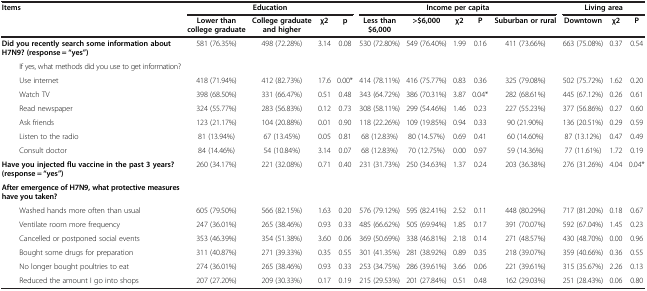
<table><thead><tr><td rowspan="2"><b>Items</b></td><td colspan="4"><b>Education</b></td><td colspan="5"><b>Income per capita</b></td><td colspan="3"><b>Living area</b></td></tr><tr><td><b>Lower than college graduate</b></td><td><b>College graduate and higher</b></td><td><b>χ2</b></td><td><b>p</b></td><td><b>Less than $6,000</b></td><td><b>&gt;$6,000</b></td><td><b>χ2</b></td><td><b>P</b></td><td><b>Suburban or rural</b></td><td><b>Downtown</b></td><td><b>χ2</b></td><td><b>P</b></td></tr></thead><tbody><tr><td><b>Did you recently search some information about H7N9? (response = “yes”)</b></td><td>581 (76.35%)</td><td>498 (72.28%)</td><td>3.14</td><td>0.08</td><td>530 (72.80%)</td><td>549 (76.40%)</td><td>1.99</td><td>0.16</td><td>411 (73.66%)</td><td>663 (75.08%)</td><td>0.37</td><td>0.54</td></tr><tr><td>If yes, what methods did you use to get information?</td><td> </td><td> </td><td> </td><td> </td><td> </td><td> </td><td> </td><td> </td><td> </td><td> </td><td> </td><td> </td></tr><tr><td>Use internet</td><td>418 (71.94%)</td><td>412 (82.73%)</td><td>17.6</td><td>0.00*</td><td>414 (78.11%)</td><td>416 (75.77%)</td><td>0.83</td><td>0.36</td><td>325 (79.08%)</td><td>502 (75.72%)</td><td>1.62</td><td>0.20</td></tr><tr><td>Watch TV</td><td>398 (68.50%)</td><td>331 (66.47%)</td><td>0.51</td><td>0.48</td><td>343 (64.72%)</td><td>386 (70.31%)</td><td>3.87</td><td>0.04*</td><td>282 (68.61%)</td><td>445 (67.12%)</td><td>0.26</td><td>0.61</td></tr><tr><td>Read newspaper</td><td>324 (55.77%)</td><td>283 (56.83%)</td><td>0.12</td><td>0.73</td><td>308 (58.11%)</td><td>299 (54.46%)</td><td>1.46</td><td>0.23</td><td>227 (55.23%)</td><td>377 (56.86%)</td><td>0.27</td><td>0.60</td></tr><tr><td>Ask friends</td><td>123 (21.17%)</td><td>104 (20.88%)</td><td>0.01</td><td>0.90</td><td>118 (22.26%)</td><td>109 (19.85%)</td><td>0.94</td><td>0.33</td><td>90 (21.90%)</td><td>136 (20.51%)</td><td>0.29</td><td>0.59</td></tr><tr><td>Listen to the radio</td><td>81 (13.94%)</td><td>67 (13.45%)</td><td>0.05</td><td>0.81</td><td>68 (12.83%)</td><td>80 (14.57%)</td><td>0.69</td><td>0.41</td><td>60 (14.60%)</td><td>87 (13.12%)</td><td>0.47</td><td>0.49</td></tr><tr><td>Consult doctor</td><td>84 (14.46%)</td><td>54 (10.84%)</td><td>3.14</td><td>0.07</td><td>68 (12.83%)</td><td>70 (12.75%)</td><td>0.00</td><td>0.97</td><td>59 (14.36%)</td><td>77 (11.61%)</td><td>1.72</td><td>0.19</td></tr><tr><td><b>Have you injected flu vaccine in the past 3 years? (response = “yes”)</b></td><td>260 (34.17%)</td><td>221 (32.08%)</td><td>0.71</td><td>0.40</td><td>231 (31.73%)</td><td>250 (34.63%)</td><td>1.37</td><td>0.24</td><td>203 (36.38%)</td><td>276 (31.26%)</td><td>4.04</td><td>0.04*</td></tr><tr><td><b>After emergence of H7N9, what protective measures have you taken?</b></td><td> </td><td> </td><td> </td><td> </td><td> </td><td> </td><td> </td><td> </td><td> </td><td> </td><td> </td><td> </td></tr><tr><td>Washed hands more often than usual</td><td>605 (79.50%)</td><td>566 (82.15%)</td><td>1.63</td><td>0.20</td><td>576 (79.12%)</td><td>595 (82.41%)</td><td>2.52</td><td>0.11</td><td>448 (80.29%)</td><td>717 (81.20%)</td><td>0.18</td><td>0.67</td></tr><tr><td>Ventilate room more frequency</td><td>247 (36.01%)</td><td>265 (38.46%)</td><td>0.93</td><td>0.33</td><td>485 (66.62%)</td><td>505 (69.94%)</td><td>1.85</td><td>0.17</td><td>391 (70.07%)</td><td>592 (67.04%)</td><td>1.45</td><td>0.23</td></tr><tr><td>Cancelled or postponed social events</td><td>353 (46.39%)</td><td>354 (51.38%)</td><td>3.60</td><td>0.06</td><td>369 (50.69%)</td><td>338 (46.81%)</td><td>2.18</td><td>0.14</td><td>271 (48.57%)</td><td>430 (48.70%)</td><td>0.00</td><td>0.96</td></tr><tr><td>Bought some drugs for preparation</td><td>311 (40.87%)</td><td>271 (39.33%)</td><td>0.35</td><td>0.55</td><td>301 (41.35%)</td><td>281 (38.92%)</td><td>0.89</td><td>0.35</td><td>218 (39.07%)</td><td>359 (40.66%)</td><td>0.36</td><td>0.55</td></tr><tr><td>No longer bought poultries to eat</td><td>274 (36.01%)</td><td>265 (38.46%)</td><td>0.93</td><td>0.33</td><td>253 (34.75%)</td><td>286 (39.61%)</td><td>3.66</td><td>0.06</td><td>221 (39.61%)</td><td>315 (35.67%)</td><td>2.26</td><td>0.13</td></tr><tr><td>Reduced the amount I go into shops</td><td>207 (27.20%)</td><td>209 (30.33%)</td><td>0.17</td><td>0.19</td><td>215 (29.53%)</td><td>201 (27.84%)</td><td>0.51</td><td>0.48</td><td>162 (29.03%)</td><td>251 (28.43%)</td><td>0.06</td><td>0.80</td></tr></tbody></table>